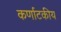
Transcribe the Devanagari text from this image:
कर्णाटकीय